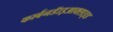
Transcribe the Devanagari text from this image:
कार्बनडॅाइआक्साइड